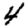
Digit: 4